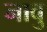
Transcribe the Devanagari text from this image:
नावु